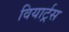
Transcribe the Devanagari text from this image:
वियार्ट्रस